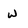
Character: w